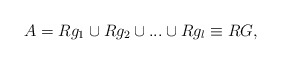
\begin{align*}A=Rg_{1}\cup Rg_{2}\cup ...\cup Rg_{l}\equiv RG,\end{align*}